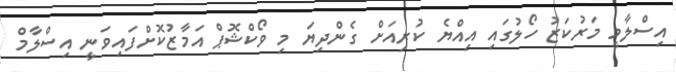
އިސްލާމީ މަރުކަޒު ހޯލުގައި އިއްޔެ ކުރިއަށް ގެންދިޔަ މި ވޯކްޝޮޕް އަމާޒުކޮށްފައިވަނީ އިސްލާމް